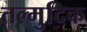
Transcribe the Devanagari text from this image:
तल्मुदिक